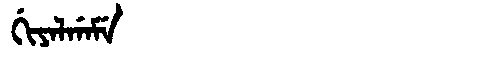
Manchu: ᡤᡳᠶᠠᠯᡤᠠᠮᡝ
Romanization: GIYALGAME